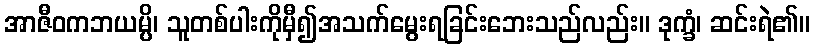
အာဇီဝကဘယမ္ပိ၊ သူတစ်ပါးကိုမှီ၍အသက်မွေးရခြင်းဘေးသည်လည်း။ ဒုက္ခံ၊ ဆင်းရဲ၏။